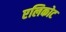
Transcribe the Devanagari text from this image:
एलिकोट